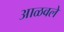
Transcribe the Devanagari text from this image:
आळवले